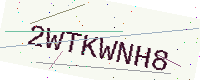
Text: 2WTKWNH8